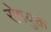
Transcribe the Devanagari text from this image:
रोषयुक्त